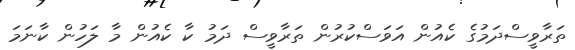
ތަރާވީސްދަމުގެ ކެއުން އަވަސްކުރުން ތަރާވީސް ދަމު ކާ ކެއުން މާ ލަހުން ކާނަމަ